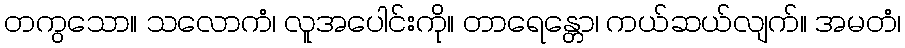
တကွသော။ သလောကံ၊ လူအပေါင်းကို။ တာရေန္တော၊ ကယ်ဆယ်လျက်။ အမတံ၊